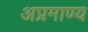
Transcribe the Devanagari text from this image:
अप्रमाण्‍य